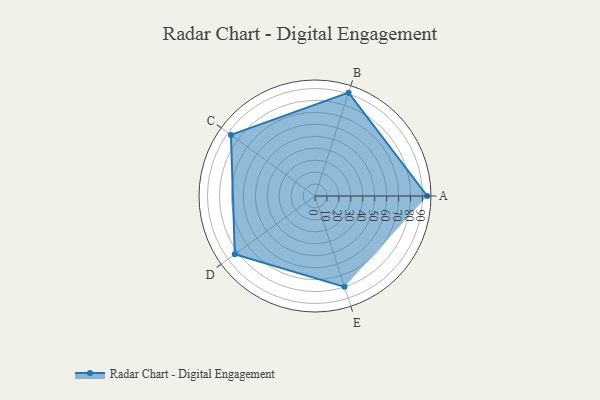
{"axis": {"x": "Skill", "y": "Score"}, "legend": ["Profile"], "data": [{"x": "A", "y": 94.0, "type": "Profile"}, {"x": "B", "y": 91.0, "type": "Profile"}, {"x": "C", "y": 87.0, "type": "Profile"}, {"x": "D", "y": 83.0, "type": "Profile"}, {"x": "E", "y": 80.0, "type": "Profile"}]}